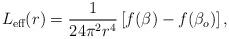
LaTeX: \begin{align*}L_{\mbox{\scriptsize eff}}(r)=\frac{1}{24\pi^{2}r^{4}}\left[f(\beta)-f(\beta_{o})\right],\end{align*}